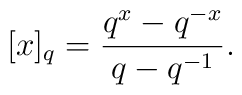
[x]_q=\frac{q^{x}-q^{-x}}{q-q^{-1}}.